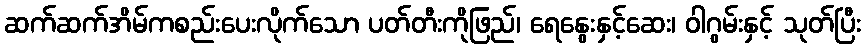
ဆက်ဆက်အိမ်ကစည်းပေးလိုက်သော ပတ်တီးကိုဖြည်၊ ရေနွေးနှင့်ဆေး၊ ဝါဂွမ်းနှင့် သုတ်ပြီး